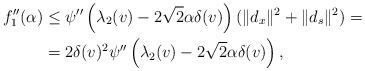
LaTeX: \begin{align*}f_1^{\prime\prime}(\alpha) &\leq \psi^{\prime\prime}\left(\lambda_2(v)-2 \sqrt{2} \alpha \delta(v)\right) (\|d_x\|^2+\|d_s\|^2)=\\&=2 \delta(v)^2\psi^{\prime\prime}\left(\lambda_2(v)-2 \sqrt{2} \alpha \delta(v)\right),\end{align*}